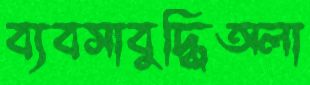
ব্যবসাবুদ্ধিঅলা